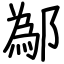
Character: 鄬